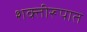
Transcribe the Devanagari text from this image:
शक्तीरूपात